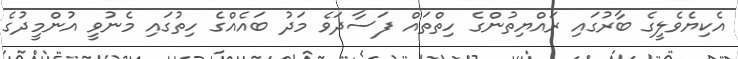
އެކިޔެވެލީގެ ބާރުގައި ރައްޔިތުންގެ ހިތްތައް ފަސާދަވެ މަދު ބައެއްގެ ހިތުގައި މެނުވީ އުންމީދުގެ